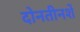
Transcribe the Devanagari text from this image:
दोनतीनशें